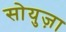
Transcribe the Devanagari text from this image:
सोयुज़ा